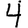
Digit: 4